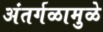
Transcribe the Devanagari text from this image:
अंतर्गळामुळे